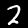
Digit: 2